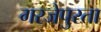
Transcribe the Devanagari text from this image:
गरजेपुरता